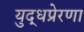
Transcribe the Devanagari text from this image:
युद्धप्रेरणा